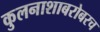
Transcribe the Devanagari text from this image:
कुलनाशाबरोबरच